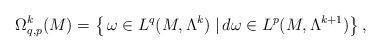
LaTeX: \begin{align*}\Omega_{q,p}^{k}(M)=\left\{ \,\omega\in L^{q}(M,\Lambda^{k})\;|\, d\omega\in L^{p}(M,\Lambda^{k+1})\right\} ,\end{align*}